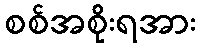
စစ်အစိုးရအား